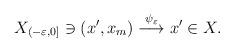
LaTeX: \begin{align*}\begin{aligned}X _{(-\varepsilon, 0]}\ni (x', x_{m})\overset{\psi_{\varepsilon}} \longrightarrow x'\in X.\end{aligned}\end{align*}